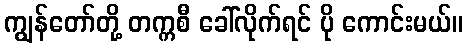
ကျွန်တော်တို့ တက္ကစီ ခေါ်လိုက်ရင် ပို ကောင်းမယ်။